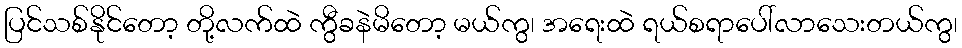
ပြင်သစ်နိုင်တော့ တို့လက်ထဲ ကွီခနဲမိတော့ မယ်ကွ၊ အရေးထဲ ရယ်စရာပေါ်လာသေးတယ်ကွ၊